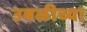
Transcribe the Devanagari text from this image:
उबळीच्या